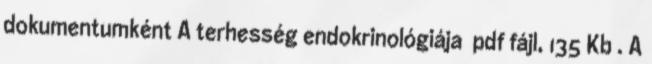
dokumentumként A terhesség endokrinológiája pdf fájl, 135 Kb . A